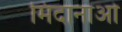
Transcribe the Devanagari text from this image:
मिंदानाओ